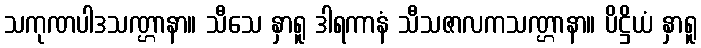
သကုဏပါဒသဏ္ဌာနာ။ သီသေ နှာရူ ဒါရကာနံ သီသဇာလကသဏ္ဌာနာ။ ပိဋ္ဌိယံ နှာရူ